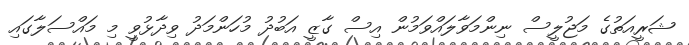
ޝަރީއަތުގެ މަޖުލީސް ނިންމަވާލައްވަމުން އިސް ގާޒީ އަބުދު މުހަންމަދު ވިދާޅުވީ މި މައްސަލާގައި